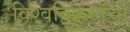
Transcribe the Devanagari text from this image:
विश्वविक्रमांची